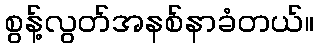
စွန့်လွတ်အနစ်နာခံတယ်။